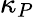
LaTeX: \kappa_{P}